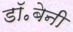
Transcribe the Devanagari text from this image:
डॉ॰बेनी